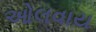
ઓલવાય